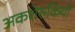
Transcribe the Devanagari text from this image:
अकशेरुकियों